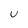
Character: u